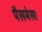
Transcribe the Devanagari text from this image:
पैलमेला